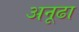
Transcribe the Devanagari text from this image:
अनूढा